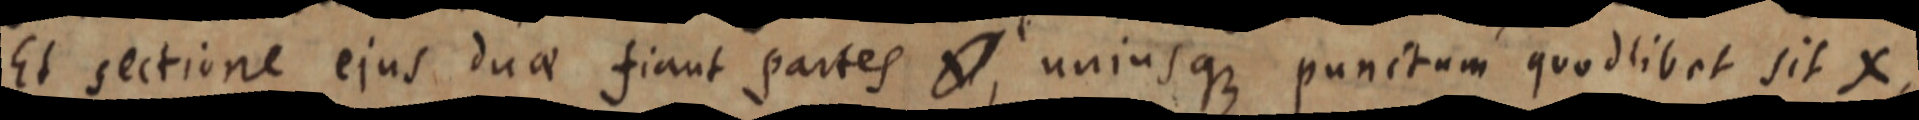
Et sectione ejus duae fiant partes _, uniusque punctum quodlibet sit X,